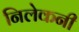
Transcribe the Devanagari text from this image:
निलेकनी